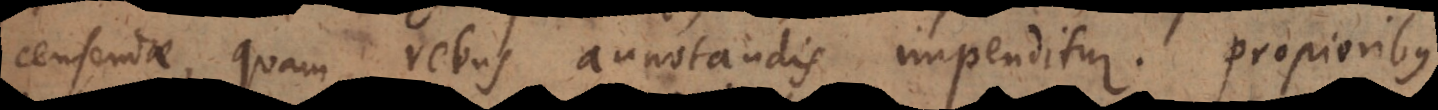
censendae, quam rebus annotandis impenditur. Propioribus